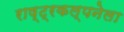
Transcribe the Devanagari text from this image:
राष्ट्रकल्पनेला